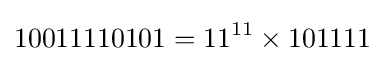
10011110101=11^{11}\times 101111